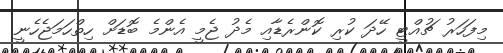
މިފަހަރު ޗުއްޓީ ހޭދަ ކުރި ކޮންރެޑާއި މެދު ޖެމީ އެންމެ ބޮޑަށް ހިތްހަމަޖެހެނީ